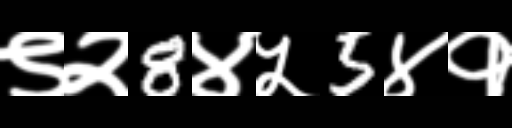
Text: ९२8४५5४१